Annual report of the Punjab Veterinary College and of the Civil Veterinary Department, Punjab - 1894-1908
Year: 1894
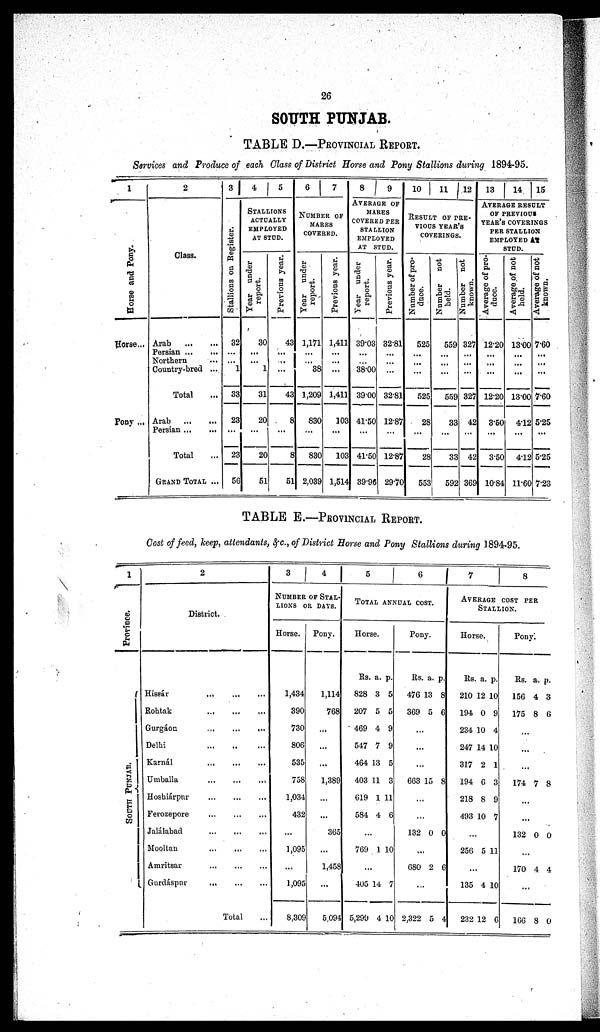
26
SOUTH PUNJAB.
TABLE D.—Provincial Report.
Services and Produce of each Glass of District Horse and Pony Stallions during 1894-95.
1
Hor s e and Pony.
Horse...
Pony ...
2
Class.
Arab
...
...
Persian
...
...
Northern ...
Country-bred ...
Total ...
Arab
...
...
Persian ... ...
Total ...
GRAND TOTAL ...
3
St al l
i
ons on Register.
32
...
...
1
33
23
...
23
56
4
5
STALLIONS
ACTUALLY
EMPLOYED
AT STUD.
Year under
report.
30
...
...
1
31
20
...
20
51
Previous year.
43
...
...
...
43
8
...
8
51
6
7
NUMBER OF
MARES
COVERED.
Year under
report.
1,171
...
...
38
1,209
830
...
830
2,039
Previous year.
1,411
...
...
...
1,411
103
...
103
1,514
8 9
AVERAGE OF
MARES
COVERED PER
STALLION
EMPLOYED
AT STUD.
Year under
report.
39.03
...
38.00
39.00
41.50
...
41.50
39.96
Previous year.
32.81
...
...
...
32.81
12.87
...
12.87
29.70
10
11 12
RESULT OF PRE-
VIOUS YEAR'S
COVERINGS.
Number of pro-
duce.
525
...
...
...
525
28
...
28
553
Number not
held.
559
...
...
...
559
33
...
33
592
Number not
known.
327
...
...
327
42
...
42
369
13
14
15
AVERAGE RESULT
OF PREVIOUS
YEAR'S COVERINGS
PER STALLION
EMPLOYED AT
STUD.
Average of pro-
duce.
12.20
...
...
...
12.20
3.50
...
3.50
10.84
Average of not
held.
13.00
...
...
...
13.00
4.12
...
4.12
11.60
Average of not
known.
7.60
...
...
...
7.60
5.25
...
5.25
7.23
TABLE E.—PROVINCIAL REPORT.
Cost of feed, keep, attendants, &c., of District Horse and Pony Stallions during 1894-95.
1
Pr ovi nce.
SOUTH PUNJ AB.
2
District.
Hissár ... ... ...
Rohtak
...
...
...
Gurgáon
...
...
...
Delhi
...
...
...
Karnál
...
...
...
Umballa
...
...
...
Hoshiárpur
...
...
...
Ferozepore
...
...
...
Jalálabad
...
...
...
Mooltan
...
...
...
Amritsar
...
...
...
Gurdáspur
... ... ...
Total ...
3
4
NUMBER OF STAL-
LIONS OR DAYS.
Horse.
1,434
390
730
806
535
758
1,034
432
...
1,095
...
1,095
8,309
Pony.
1,114
768
...
...
...
1,389
...
...
365
...
1,458
...
5,094
5
6
TOTAL ANNUAL COST.
Horse.
Rs.
828
207
469
547
464
403
619
584
a.
3
5
4
7
13
11
1
4
p.
5
5
9
9
5
3
11
6
...
769 1 10
...
405
5,299
14
4
7
10
Pony.
Rs.
476
369
a.
13
5
p.
8
6
...
...
...
663 15 8
..
.
...
132 0 0
..
.
680 2 6
...
2,322 5 4
7
8
AVERAGE COST PER
STALLION.
Horse.
Rs.
210
194
234
247
317
194
218
493
a.
12
0
10
14
2
6
8
10
p.
10
9
4
10
1
3
9
7
...
256 5 11
...
135
232
4
12
10
6
Pony.
Rs.
156
175
a.
4
8
p.
3
6
...
...
...
174 7 8
...
...
132 0 0
...
170 4 4
...
166 8 0